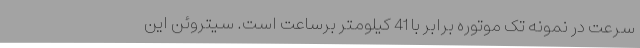
سرعت در نمونه تک موتوره برابر با 41 کیلومتر برساعت است. سیتروئن این